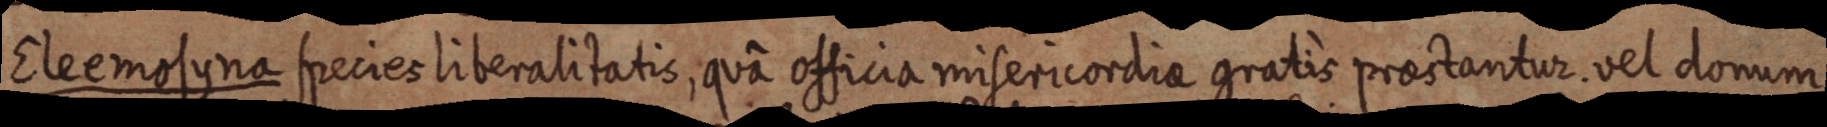
Eleemosyna species liberalitatis, quâ officia misericordiae gratis praestantur. vel donum,